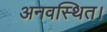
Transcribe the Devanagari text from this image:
अनवस्थित।